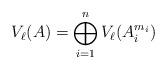
LaTeX: \begin{align*}V_\ell(A) = \bigoplus_{i=1}^n V_\ell(A_i^{m_i})\end{align*}